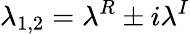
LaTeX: \lambda_{1,2}=\lambda^{R}\pm i\lambda^{I}